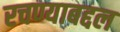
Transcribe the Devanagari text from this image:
रचण्याबद्दल